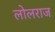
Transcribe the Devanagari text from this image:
लोलराज